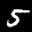
Label: 5